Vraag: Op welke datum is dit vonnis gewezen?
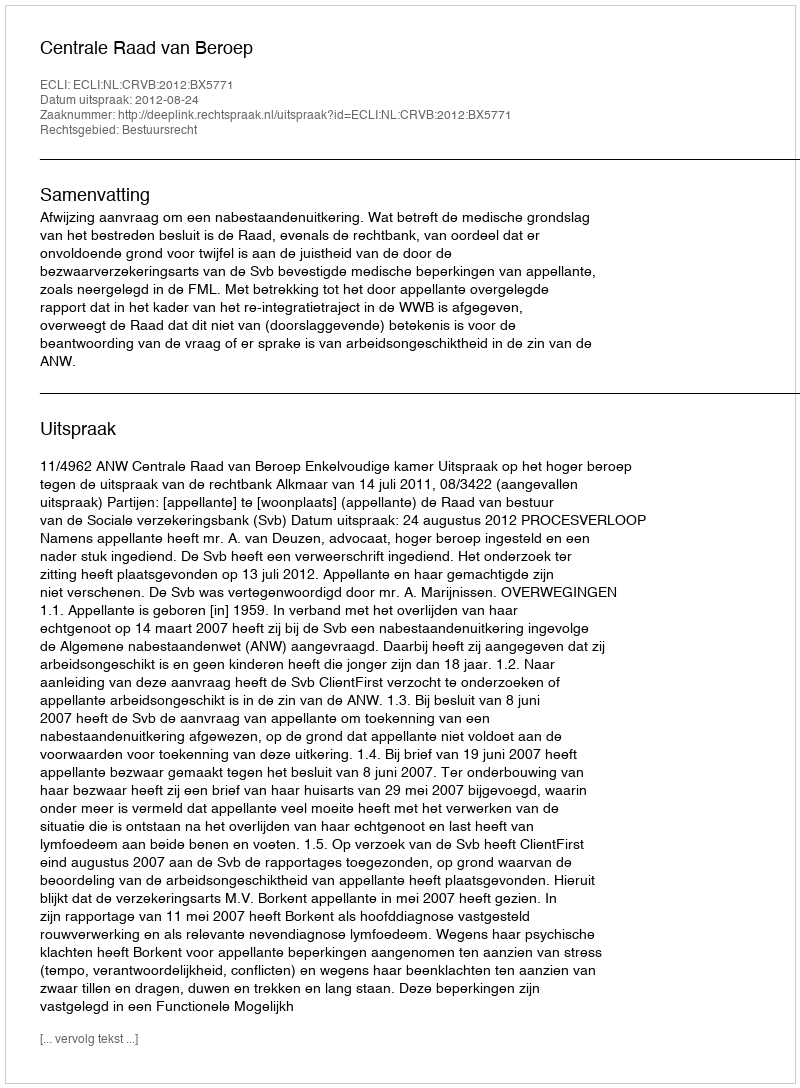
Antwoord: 2012-08-24